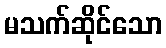
မသက်ဆိုင်သော